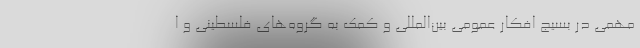
مهمی در بسیج افکار عمومی بین‌المللی و کمک به گروه‌های فلسطینی و ا